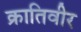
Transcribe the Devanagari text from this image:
क्रातिवीर